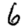
Digit: 6